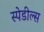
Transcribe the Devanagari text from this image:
स्पेडील्स